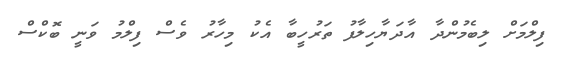
ފިލްމަށް ލިބެމުންދާ އާދަޔާހިލާފު ތަރުހީބާ އެކު މިހާރު ވެސް ފިލްމު ވަނީ ބޮކްސް